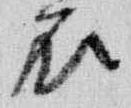
衣